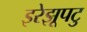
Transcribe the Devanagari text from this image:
इरेझूपटु